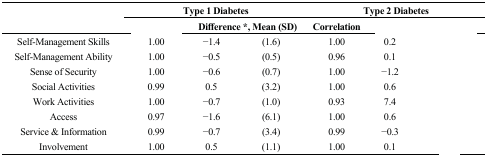
<table><thead><tr><td rowspan="2">[EMPTY_CELL]</td><td colspan="3"><b>Type 1 Diabetes</b></td><td colspan="3"><b>Type 2 Diabetes</b></td></tr><tr><td>[EMPTY_CELL]</td><td colspan="2"><b>Difference *, Mean (SD)</b></td><td><b>Correlation</b></td><td colspan="2">[EMPTY_CELL]</td></tr></thead><tbody><tr><td>Self-Management Skills</td><td>1.00</td><td>−1.4</td><td>(1.6)</td><td>1.00</td><td>0.2</td><td>[EMPTY_CELL]</td></tr><tr><td>Self-Management Ability</td><td>1.00</td><td>−0.5</td><td>(0.5)</td><td>0.96</td><td>0.1</td><td>[EMPTY_CELL]</td></tr><tr><td>Sense of Security</td><td>1.00</td><td>−0.6</td><td>(0.7)</td><td>1.00</td><td>−1.2</td><td>[EMPTY_CELL]</td></tr><tr><td>Social Activities</td><td>0.99</td><td>0.5</td><td>(3.2)</td><td>1.00</td><td>0.6</td><td>[EMPTY_CELL]</td></tr><tr><td>Work Activities</td><td>1.00</td><td>−0.7</td><td>(1.0)</td><td>0.93</td><td>7.4</td><td>[EMPTY_CELL]</td></tr><tr><td>Access</td><td>0.97</td><td>−1.6</td><td>(6.1)</td><td>1.00</td><td>0.6</td><td>[EMPTY_CELL]</td></tr><tr><td>Service &amp; Information</td><td>0.99</td><td>−0.7</td><td>(3.4)</td><td>0.99</td><td>−0.3</td><td>[EMPTY_CELL]</td></tr><tr><td>Involvement</td><td>1.00</td><td>0.5</td><td>(1.1)</td><td>1.00</td><td>0.1</td><td>[EMPTY_CELL]</td></tr></tbody></table>